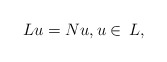
\begin{align*}Lu = Nu, u\in \,L,\end{align*}